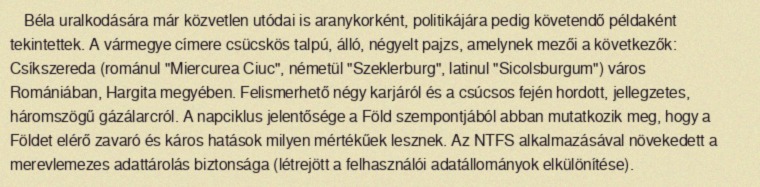
Béla uralkodására már közvetlen utódai is aranykorként, politikájára pedig követendő példaként tekintettek. A vármegye címere csücskös talpú, álló, négyelt pajzs, amelynek mezői a következők: Csíkszereda (románul "Miercurea Ciuc", németül "Szeklerburg", latinul "Sicolsburgum") város Romániában, Hargita megyében. Felismerhető négy karjáról és a csúcsos fején hordott, jellegzetes, háromszögű gázálarcról. A napciklus jelentősége a Föld szempontjából abban mutatkozik meg, hogy a Földet elérő zavaró és káros hatások milyen mértékűek lesznek. Az NTFS alkalmazásával növekedett a merevlemezes adattárolás biztonsága (létrejött a felhasználói adatállományok elkülönítése).